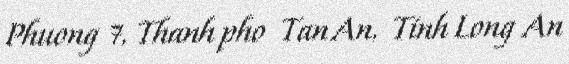
Phuong 7, Thanh pho Tan An, Tinh Long An